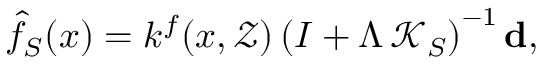
\hat { f } _ { S } ( x ) = k ^ { f } ( x , \mathcal { Z } ) \left( I + \Lambda \, \mathcal { K } _ { S } \right) ^ { - 1 } \mathbf { d } ,